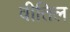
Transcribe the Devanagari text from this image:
वीतिल